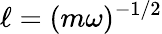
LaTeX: \ell=(m\omega)^{-1/2}